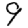
Digit: 9